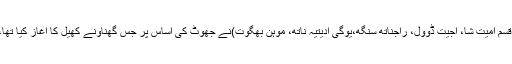
نریندر مودی اور اُن کے دغا باز ساتھیوں (از قسم امیت شا، اجیت ڈوول، راجناتھ سنگھ،یوگی ادیتیہ ناتھ، موہن بھگوت)نے جھوٹ کی اساس پر جس گھناؤنے کھیل کا آغاز کیا تھا، اب وہ ان کے پاؤں کی زنجیر بنتا جا رہا ہے۔